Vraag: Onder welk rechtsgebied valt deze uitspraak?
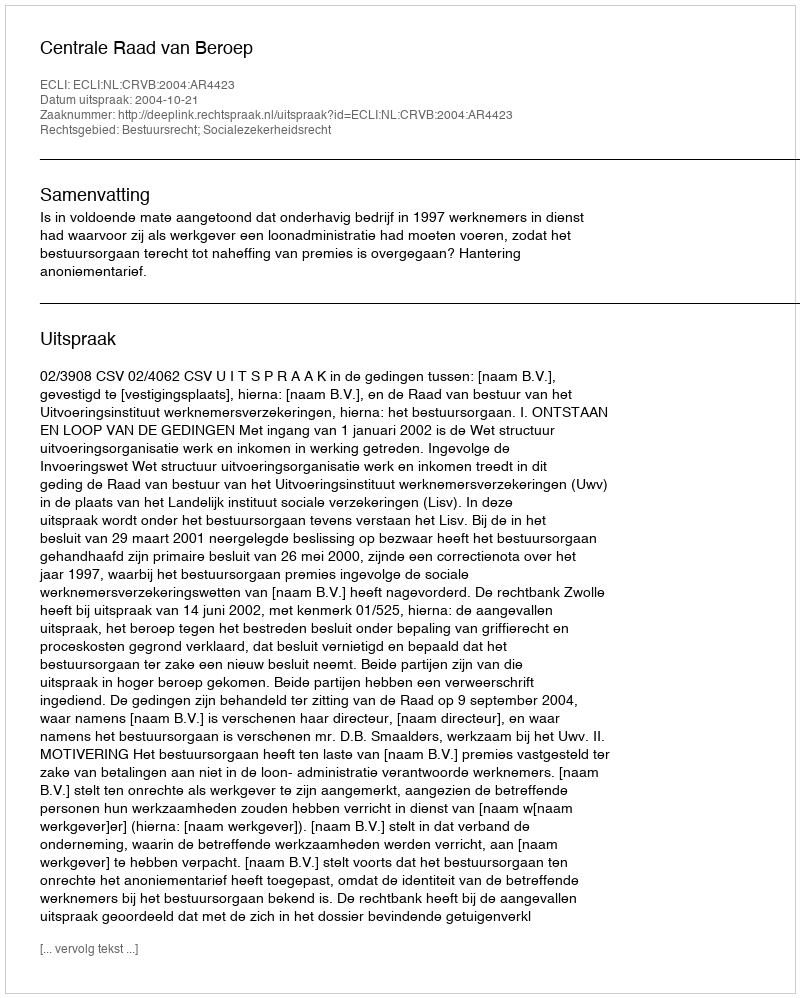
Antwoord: Bestuursrecht; Socialezekerheidsrecht